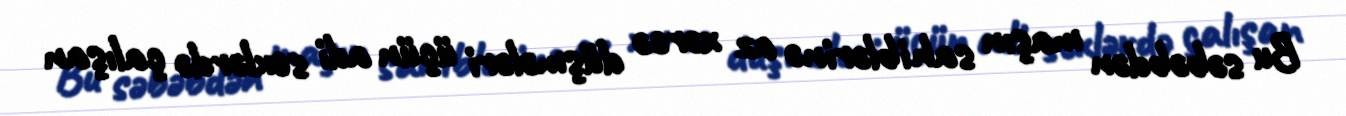
Bu səbəbdən maşın sahiblərinə az xərcə düşmələri üçün adi sexlərdə çalışan